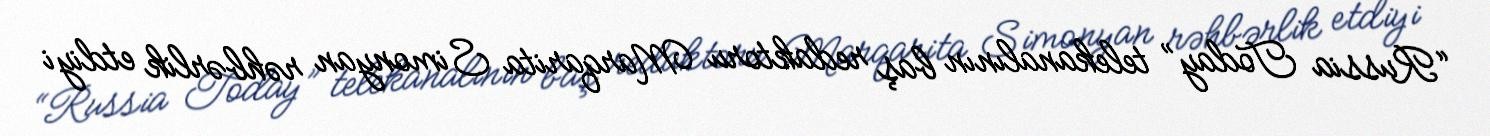
“Russia Today” telekanalının baş redaktoru Marqarita Simonyan rəhbərlik etdiyi